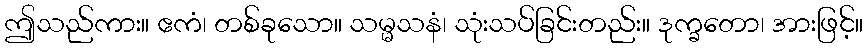
ဤသည်ကား။ ဧကံ၊ တစ်ခုသော။ သမ္မသနံ၊ သုံးသပ်ခြင်းတည်း။ ဒုက္ခတော၊ အားဖြင့်။